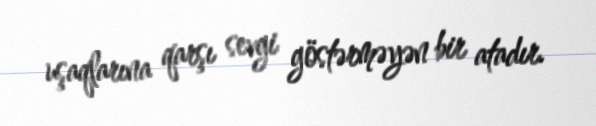
uşaqlarına qarşı sevgi göstərməyən bir atadır.